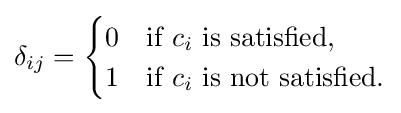
\delta _{ij}={\begin{cases}0&{\text{if }}c_{i}{\text{ is satisfied}},\\1&{\text{if }}c_{i}{\text{ is not satisfied}}.\end{cases}}